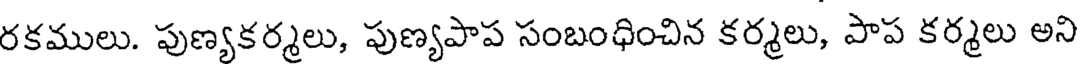
రకములు. పుణ్యకర్మలు, పుణ్యపాప సంబంధించిన కర్మలు, పాప కర్మలు అని